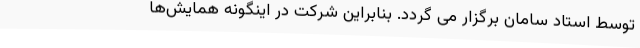
توسط استاد سامان برگزار می گردد. بنابراین شرکت در اینگونه همایش‌ها